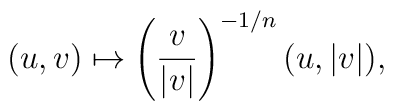
(u,v)\mapsto \left(\frac{v}{|v|}\right)^{-1/n} (u,|v|),